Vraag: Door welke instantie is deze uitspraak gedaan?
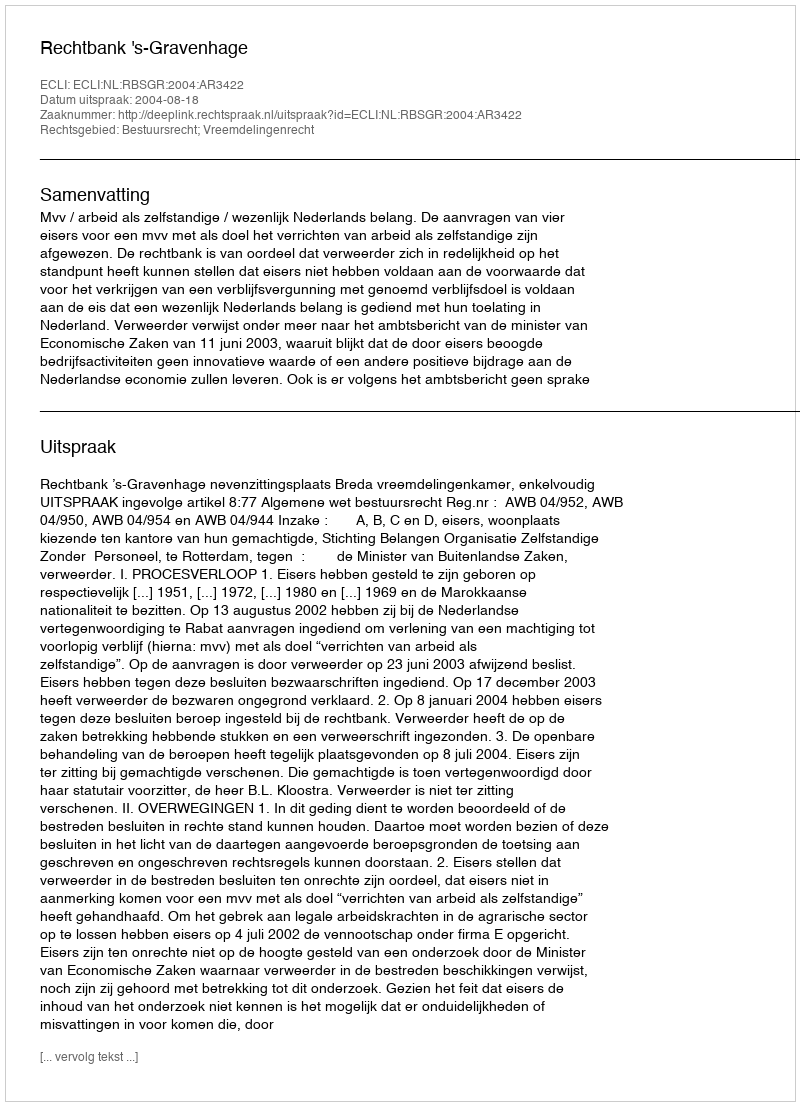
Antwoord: Rechtbank 's-Gravenhage